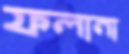
ফলানা